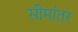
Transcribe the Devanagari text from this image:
सीमांतर